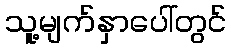
သူ့မျက်နှာပေါ်တွင်